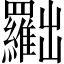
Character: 𠚢